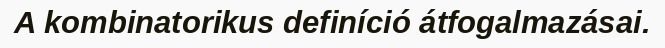
A kombinatorikus definíció átfogalmazásai.